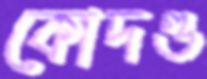
কোদণ্ড